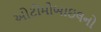
ઓટોમોબાઇલનો